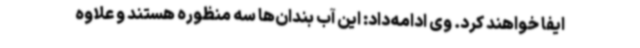
ایفا خواهند کرد. وی ادامه‌داد: این آب بندان‌ها سه منظوره هستند و علاوه